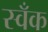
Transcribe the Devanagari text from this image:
स्वँक